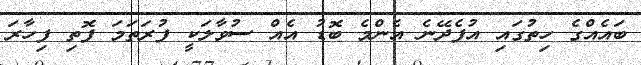
ބައެއްގެ ހިތުގައި އުފެދޭނެ އެންމެ ބޮޑު އެއް ސުވާލަކީ ފުރަތަމަ ފޮތި ފިހާރަ